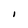
Character: I